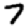
Digit: 7